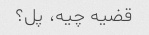
قضیه چیه، پل؟